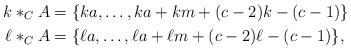
LaTeX: \begin{align*} k *_C A &= \{ ka, \dots, ka + km + (c-2)k - (c-1) \} \\ \ell *_C A &= \{ \ell a, \dots, \ell a + \ell m + (c-2)\ell - (c-1) \}, \end{align*}